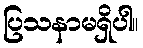
ပြသနာမရှိပါ။